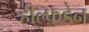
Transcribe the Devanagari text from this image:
हील्फ़डेन